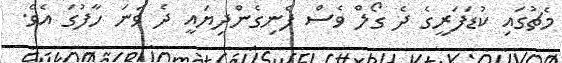
މެޗުގައި ކުޑަފަރީގެ ދެ ގޯލް ވެސް ފެނިގެންދިޔައީ ދެ ވަނަ ހާފުގަ އެވެ.